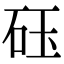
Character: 砡